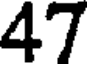
47